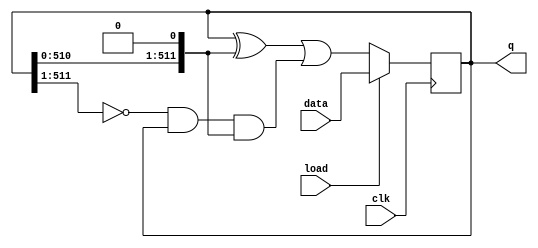
module top_module(
    input clk,
    input load,
    input [511:0] data,
    output [511:0] q
); 

  always @(posedge clk) begin
    if (load) begin
      q <= data;
    end else begin
      q <= (q ^ {q[510:0],1'b0}) | (~{1'b0,q[511:1]} & q & {q[510:0],1'b0});
    end
  end
  
endmodule